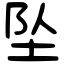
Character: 坠